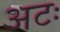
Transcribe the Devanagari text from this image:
अटः